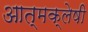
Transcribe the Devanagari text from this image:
आत्मक्लेषी